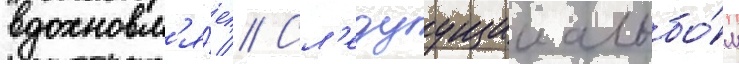
вдохновл'я́ет // Сл'едуущии альбо́м